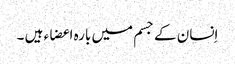
اِنسان کے جسم میں بارہ اعضاء ہیں ۔